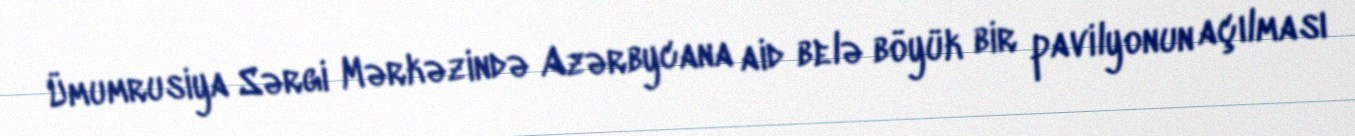
Ümumrusiya Sərgi Mərkəzində Azərbycana aid belə böyük bir pavilyonun açılması